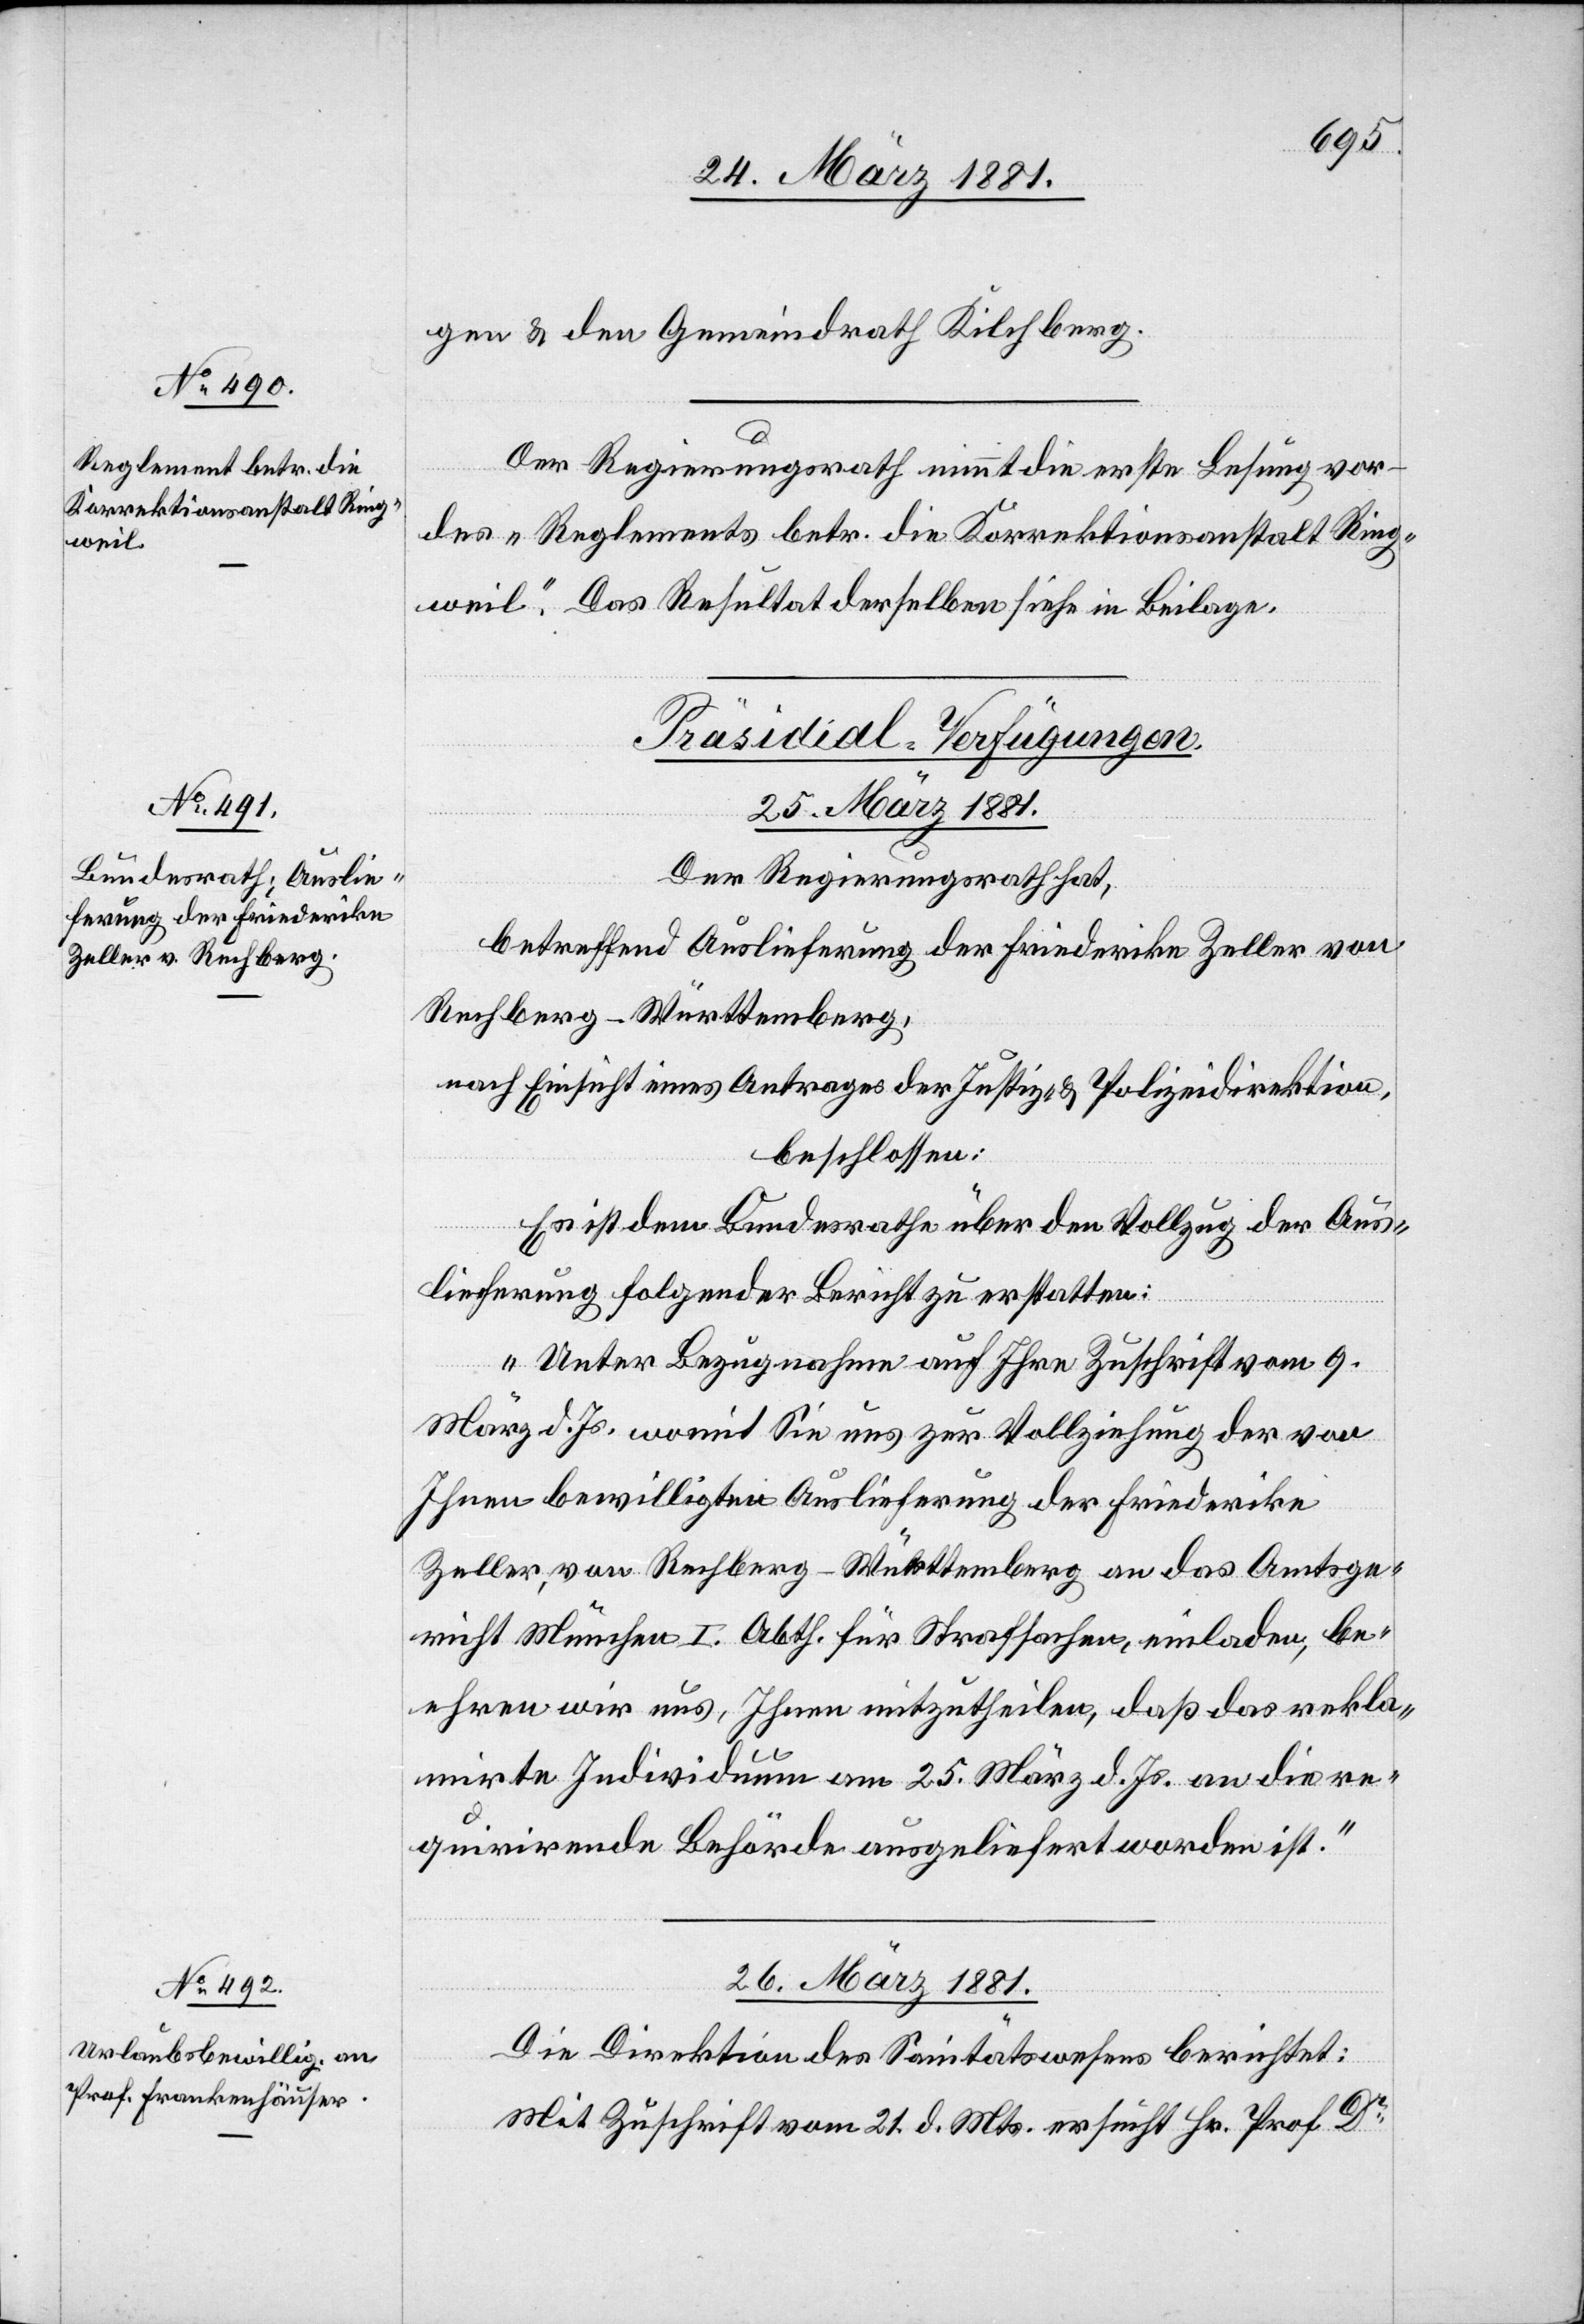
gen & den Gemeindrath Kilchberg.
Der Regierungsrath nimmt die erste Lesung vor
des „Reglements betr. die Korrektionsanstalt Ring¬
weil“. Das Resultat derselben siehe in Beilage.
[Präsidial-Verfügungen.]
26. März 1881.
Der Regierungsrath hat,
betreffend Auslieferung der Friederike Zeller von
Rechberg - Württemberg,
nach Einsicht eines Antrages der Justiz- & Polizeidirektion,
beschlossen:
Es ist dem Bundesrath über den Vollzug der Aus¬
lieferung folgender Bericht zu erstatten:
„Unter Bezugnahme auf Ihre Zuschrift vom 9.
März d. Js. womit Sie uns zur Vollziehung der von
Ihnen bewilligten Auslieferung der Friederike
Zeller, von Rechberg - Württemberg an das Amtsge¬
richt München I. Abth. für Strafsachen, einladen, be¬
ehren wir uns, Ihnen mitzutheilen, daß das rekla¬
mirte Individuum am 25. März d. Js. an die re¬
quirirende Behörde ausgeliefert worden ist.“
Die Direktion des Sanitätswesens berichtet:
Mit Zuschrift vom 21. d. Mts. ersucht Hr. Prof. Dr